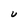
Character: U